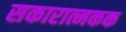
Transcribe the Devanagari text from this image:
सकारात्मकक